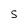
Character: S